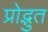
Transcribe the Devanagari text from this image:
प्रोद्भुत